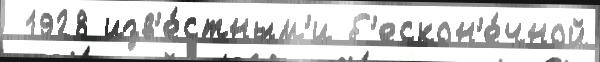
 1928 изв'е́стным'и б'ескон'е́чной